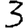
Digit: 3